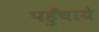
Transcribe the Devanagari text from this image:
पहुँचाये